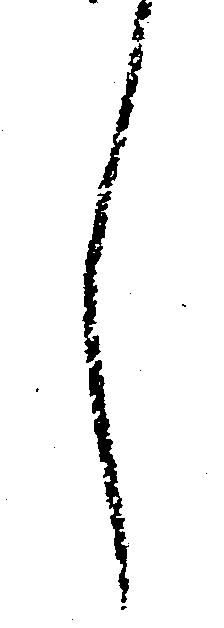
し